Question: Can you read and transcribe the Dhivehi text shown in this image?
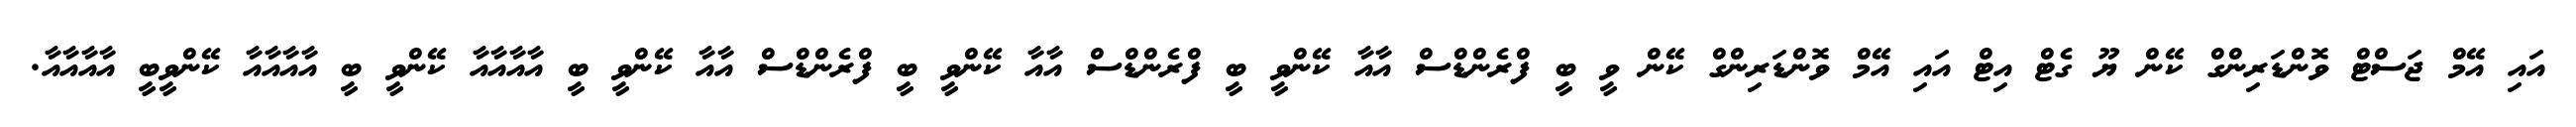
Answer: އައި އޭމް ޖަސްޓް ވޮންޑަރިންގް ކޭން ޔޫ ގެޓް އިޓް އައި އޭމް ވޮންޑަރިންގް ކޭން ވީ ބީ ފްރެންޑްސް އާއާ ކޭންވީ ބީ ފްރެންޑްސް އާއާ ކޭންވީ ބީ ފްރެންޑްސް އާއާ ކޭންވީ ބީ އާއާއާއާ ކޭންވީ ބީ އާއާއާއާ ކޭންވީބީ އާއާއާއާ.